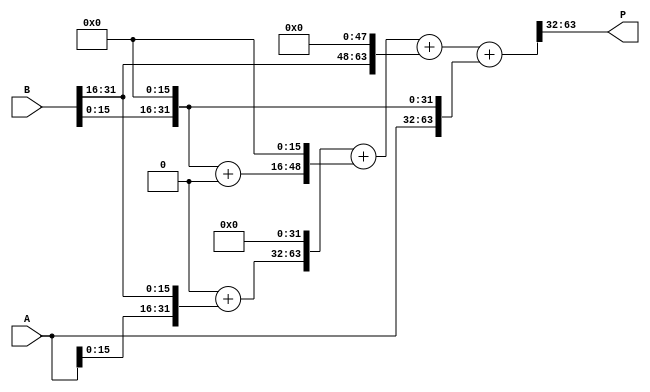
module Booth_Multiplier (
  input wire [31:0] A, // multiplicand
  input wire [31:0] B, // multiplier
  output wire [31:0] P // product
);

wire [63:0] PP_temp [3:0]; // temporary storage for partial products

assign PP_temp[0] = {{32{A}}, {B[15:0], 16'b0}}; // generate initial partial product
assign PP_temp[1] = {{32{A}}, {B[31:16], 16'b0}} << 16; // generate next partial product
assign PP_temp[2] = {B[15:0], 16'b0}; // generate next partial product
assign PP_temp[3] = {B[31:16], 16'b0}; // generate next partial product

wire [63:0] PP [7:0]; // partial products after Booth encoding

assign PP[0] = PP_temp[0]; // initial partial product
assign PP[1] = PP_temp[1] + {{32{PP_temp[1][63]}}, PP_temp[1][63:32]}; // Booth algorithm encoding
assign PP[2] = PP_temp[2] + {{32{PP_temp[2][63]}}, PP_temp[2][63:32]}; // Booth algorithm encoding
assign PP[3] = PP_temp[3]; // initial partial product

// combine partial products
assign PP[4] = PP[1] << 32;
assign PP[5] = PP[2] << 16;
assign PP[6] = PP[3] << 32;
assign PP[7] = PP[0];

wire [63:0] SUM [2:0]; // sum of partial products

// sum partial products
assign SUM[0] = PP[4] + PP[5];
assign SUM[1] = SUM[0] + PP[6];
assign SUM[2] = SUM[1] + PP[7];

assign P = SUM[2][63:32]; // final product

endmodule